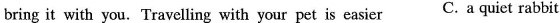
bring it with you. Travelling with your pet is easier C. A quiet rabbit